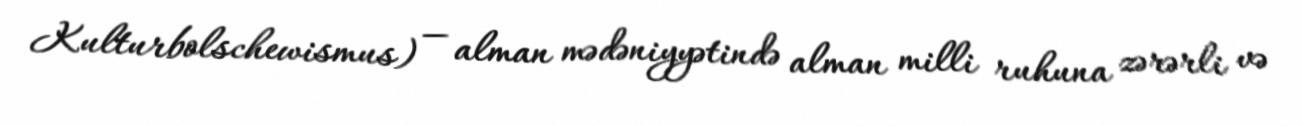
Kulturbolschewismus) — alman mədəniyyətində alman milli ruhuna zərərli və